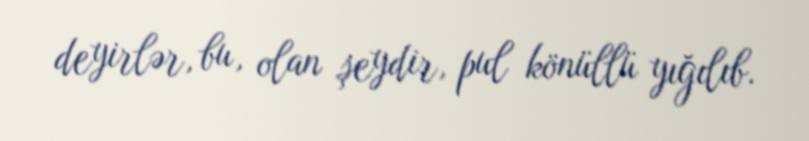
deyirlər, bu, olan şeydir, pul könüllü yığılıb.